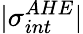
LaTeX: \vert\sigma_{int}^{AHE}\vert